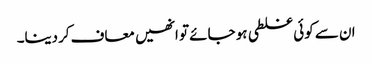
ان سے کوئی غلطی ہو جائے تو انھیں معاف کردینا۔